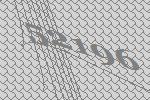
52196